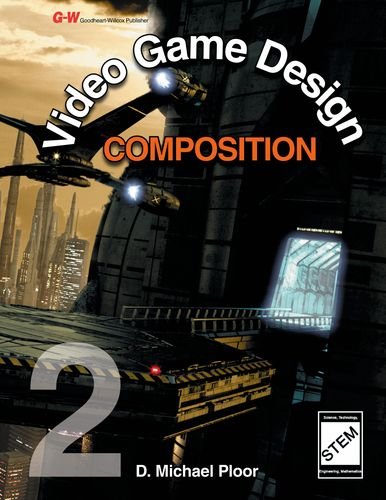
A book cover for Video Game Design Composition; D. Michael Ploor; Computers & Technology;